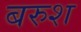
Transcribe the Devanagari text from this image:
बरुश